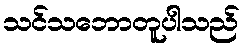
သင်သဘောတူပါသည်